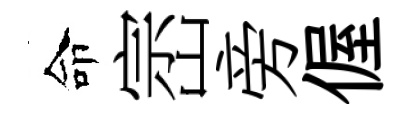
命崈旁偓